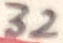
Text: 32